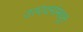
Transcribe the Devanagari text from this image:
उत्पादनांमधून